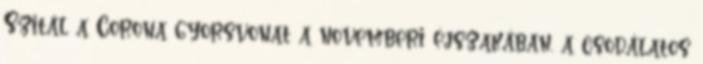
Szitál a Corona gyorsvonat a novemberi éjszakában, a csodálatos